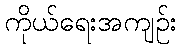
ကိုယ်ရေးအကျဉ်း